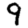
Digit: 9